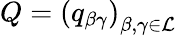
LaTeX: Q=\left(q_{\beta\gamma}\right)_{\beta,\gamma\in\mathcal{L}}